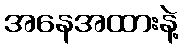
အနေအထားနဲ့